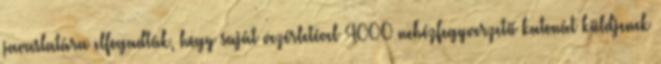
javaslatára elfogadták, hogy saját vezérletével 4000 nehézfegyverzetű katonát küldjenek